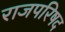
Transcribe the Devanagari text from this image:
राजपरिषद